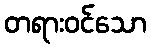
တရားဝင်သော